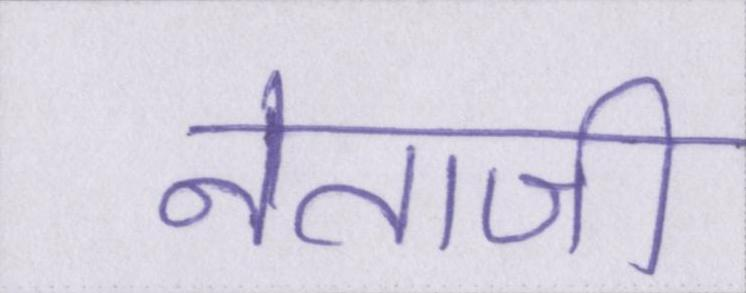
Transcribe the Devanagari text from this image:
नेताजी